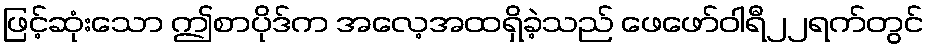
ဖြင့်ဆုံးသော ဤစာပိုဒ်က အလေ့အထရှိခဲ့သည် ဖေဖော်ဝါရီ၂၂ရက်တွင်